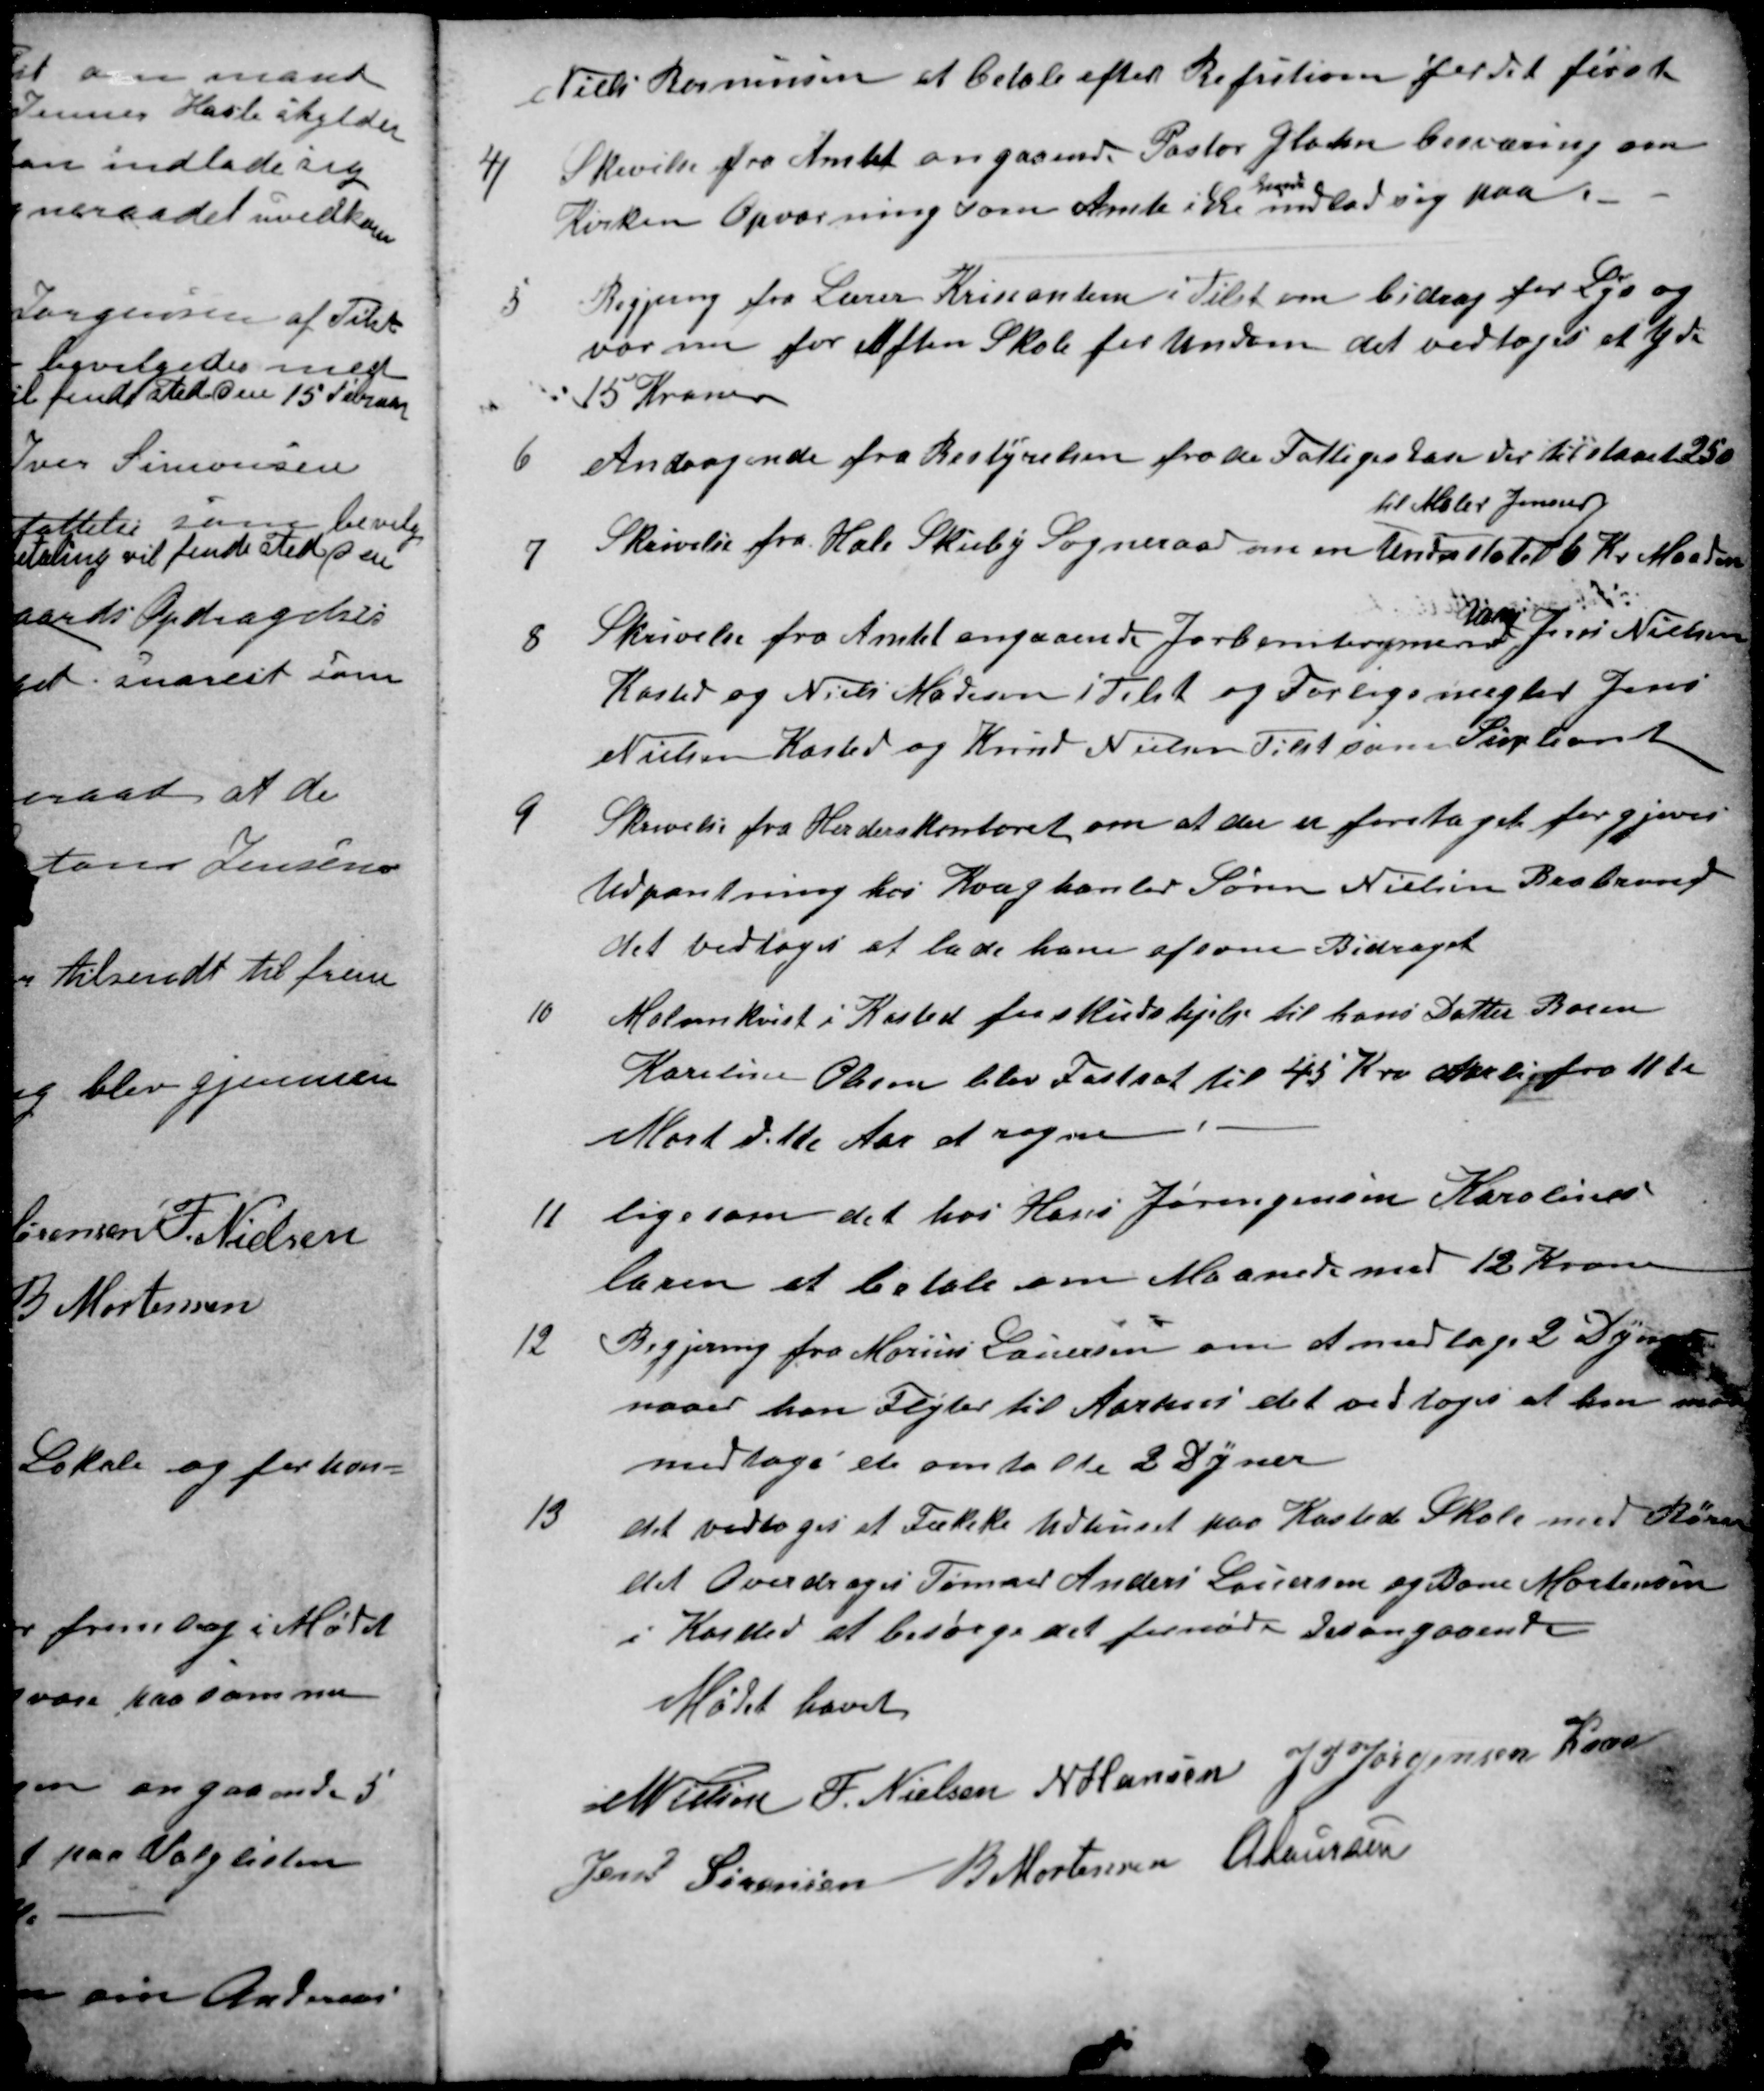
Transskription:
Vilh Rasmussen at betale efter Refution for det første
4)
Skivelse fra Amtet angaaende Pastor Glahns besværing om
Kirken Opvarning som Amte ikke
kunde
indlad sig paa.
5
Begjering fra Lærer Krissanten i Tilst om bidrag for Lys og
varme for Aften Skole for Vinteren det vedtoges at yde
15 Kroner
6
Andragende fra Bestyrelsen fra de Fattiges Kasse der tilstaaet 250
7
Skrivelse fra Hale Skieby Sogneraad om en Understøtelse
til Maler Jenner
6 Kr Maaden
8
Skrivelse fra Amtet angaaende Jorboniteringmænd
Gdr
Jens Nielsen
Kasted og Niels Madsen i Tilst og Forligsmægler Jens
Nielsen Kasted og Knud Nielsen Tilst som Supliant
9
Skrivelse fra Herderskontoret om at der er foretaget forgjeves
Udpantning hos Kvæghanler Søren Nielsen Brabrand
det vedtoges at lade ham afsone Bidraget
10
Malmkvist i Kasted forskudshjælp til hans Datter Barn
Karoline Olesen blev Fastsat til 45 Kro aarlig fra 11te
Mart dette Aar at regne
11
ligesom det hos Hans Jørengensen Karolines
baren at betale om Maanede med 12 Kroner
12
Begjering fra Marius Lauersen om at medtage 2 Dyner
naaer han Flyter til Aarhus det vedtoges at han maa
medtage de omtalte 2 Dyner
13
det vedtoges et Tække Udhuset paa Kasted Skole med Rører
det Overdroges Tømrer Anders Lauersen og Bone Mortensen
i Kasted at besørge det fornødne desangaaende
Mødet hævet
N Nielsen
F. Nielsen 
N Hansen
J PJørgensen Kaae
Jens Sørensen
B. Mortensen
A Laursen